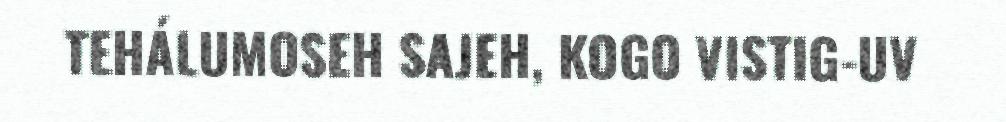
TEHÁLUMOSEH SAJEH, KOGO VISTIG-UV